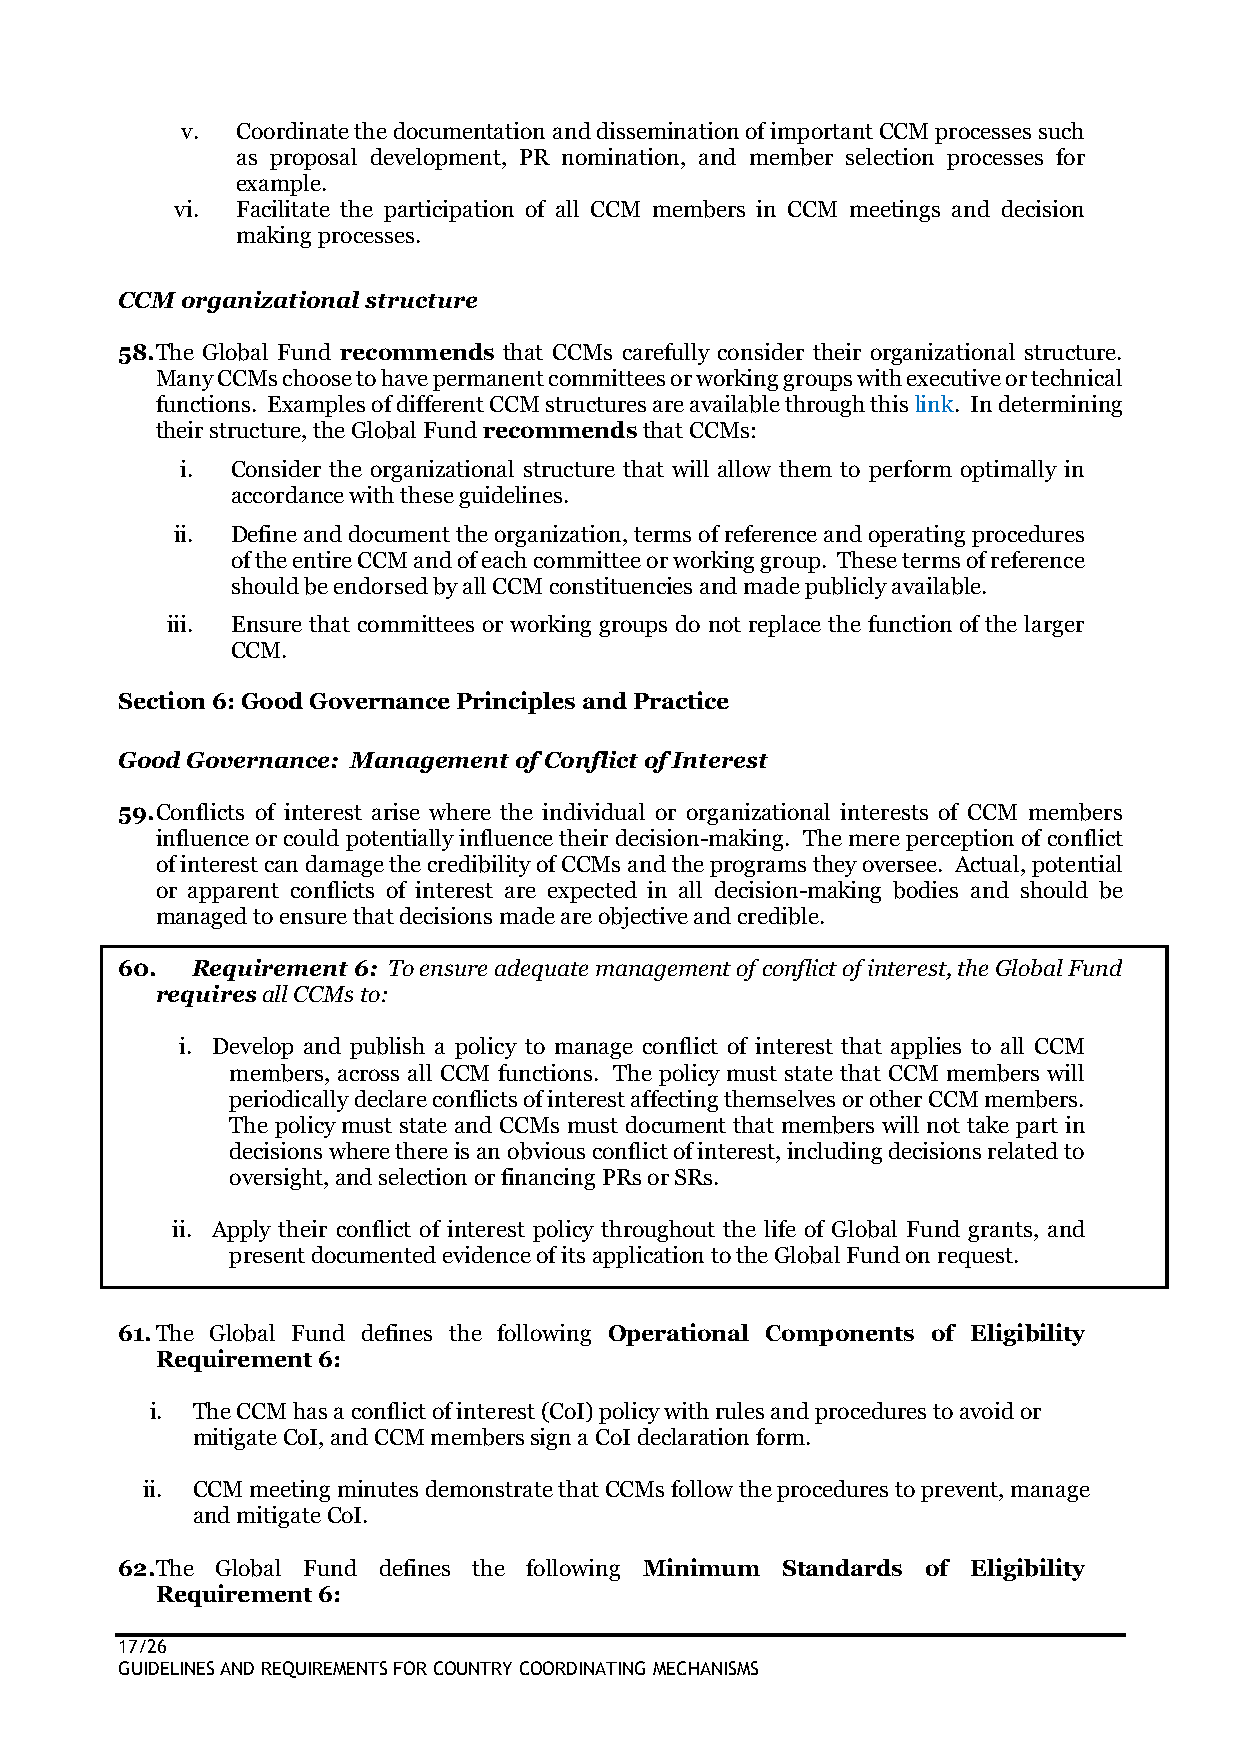
v.  Coordinate the documentation and dissemination of important CCM processes such
 as proposal development, PR nomination, and member selection processes for
 example.
 vi. Facilitate the participation of all CCM members in CCM meetings and decision
 making processes.
 CCM organizational structure
 58. The Global Fund recommends that CCMs carefully consider their organizational structure.
 Many CCMs choose to have permanent committees or working groups with executive or technical
 functions. Examples of different CCM structures are available through this link. In determining
 their structure, the Global Fund recommends that CCMs:
 i. Consider the organizational structure that will allow them to perform optimally in
 accordance with these guidelines.
 ii. Define and document the organization, terms of reference and operating procedures
 of the entire CCM and of each committee or working group. These terms of reference
 should be endorsed by all CCM constituencies and made publicly available.
 iii. Ensure that committees or working groups do not replace the function of the larger
 CCM.
 Section 6: Good Governance Principles and Practice
 Good Governance: Management of Conflict of Interest
 59. Conflicts of interest arise where the individual or organizational interests of CCM members
 influence or could potentially influence their decision-making. The mere perception of conflict
 of interest can damage the credibility of CCMs and the programs they oversee. Actual, potential
 or apparent conflicts of interest are expected in all decision-making bodies and should be
 managed to ensure that decisions made are objective and credible.
 60.  Requirement 6: To ensure adequate management of conflict of interest, the Global Fund
 requires all CCMs to:
 i. Develop and publish a policy to manage conflict of interest that applies to all CCM
 members, across all CCM functions. The policy must state that CCM members will
 periodically declare conflicts of interest affecting themselves or other CCM members.
 The policy must state and CCMs must document that members will not take part in
 decisions where there is an obvious conflict of interest, including decisions related to
 oversight, and selection or financing PRs or SRs.
 ii. Apply their conflict of interest policy throughout the life of Global Fund grants, and
 present documented evidence of its application to the Global Fund on request.
 61. The Global Fund defines the following Operational Components of Eligibility
 Requirement 6:
 i. The CCM has a conflict of interest (CoI) policy with rules and procedures to avoid or
 mitigate CoI, and CCM members sign a CoI declaration form.
 ii. CCM meeting minutes demonstrate that CCMs follow the procedures to prevent, manage
 and mitigate CoI.
 62. The Global Fund defines the following Minimum Standards of Eligibility
 Requirement 6:
 17/26
 GUIDELINES AND REQUIREMENTS FOR COUNTRY COORDINATING MECHANISMS